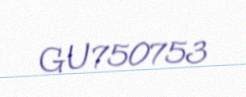
GU750753